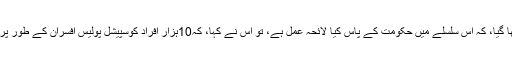
جب اس سے پوچھا گیا، کہ اس سلسلے میں حکومت کے پاس کیا لائحہ عمل ہے، تو اس نے کہا، کہ10ہزار افراد کوسپیشل پولیس افسران کے طور پر بھرتی کیا گیاہے۔